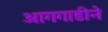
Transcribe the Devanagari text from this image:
आगगाडीने